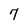
Character: 7